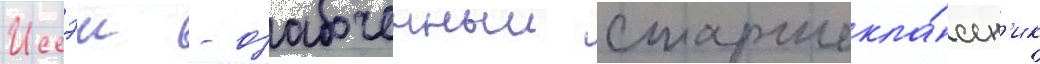
Иссэи - озабоченныи старшекла́ссн'ик